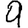
Digit: 9